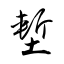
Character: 塹